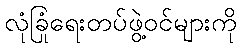
လုံခြုံရေးတပ်ဖွဲ့ဝင်များကို